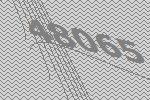
48065